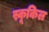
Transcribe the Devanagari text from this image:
स्कूकिल